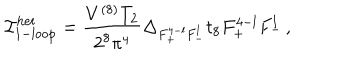
{ { \cal I } } _ { \mathrm { 1 - l o o p } } ^ { \mathrm { h e t } } = \frac { V ^ { ( 8 ) } T _ { 2 } } { 2 ^ { 8 } \pi ^ { 4 } } \Delta _ { F _ { + } ^ { 4 - l } F _ { - } ^ { l } } t _ { 8 } F _ { + } ^ { 4 - l } F _ { - } ^ { l } \, ,